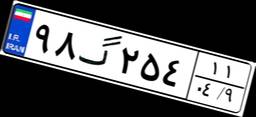
۹۸گ۲۵۴۱۱